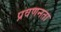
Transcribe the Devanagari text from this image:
प्रवणनता